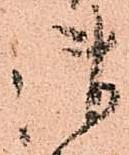
御